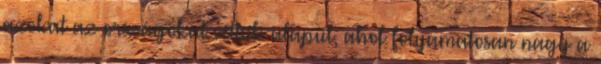
azokat az országokat vettük alapul, ahol folyamatosan nagy a